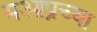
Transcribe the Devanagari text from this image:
मआप्रच्या